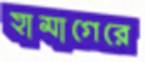
হামাগেরে